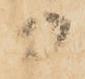
日